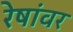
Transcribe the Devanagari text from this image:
रेषांवर